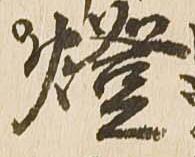
燈